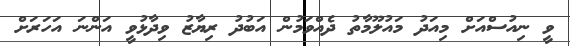
ވީ ނިއުސްއަށް މިއަދު މައުލޫމާތު ދެއްވަމުން އަބުދު ރިޔާޒު ވިދާޅުވީ އަންނަ އަހަރަށް